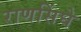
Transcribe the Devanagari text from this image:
राणसिंघे